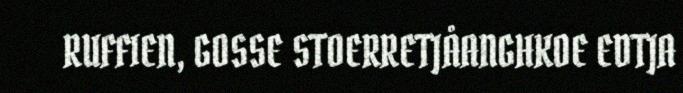
RUFFIEN, GOSSE STOERRETJÅANGHKOE EDTJA